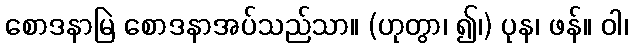
စောဒနာမြဲ စောဒနာအပ်သည်သာ။ (ဟုတွာ၊ ၍၊) ပုန၊ ဖန်။ ဝါ၊